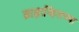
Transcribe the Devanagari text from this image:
ब्राझाव्हिलच्या